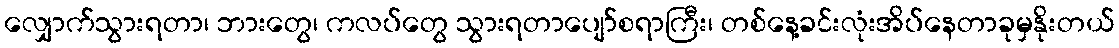
လျှောက်သွားရတာ၊ ဘားတွေ၊ ကလပ်တွေ သွားရတာပျော်စရာကြီး၊ တစ်နေ့ခင်းလုံးအိပ်နေတာခုမှနိုးတယ်